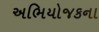
અભિયોજકના